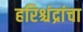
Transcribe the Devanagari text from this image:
हरिश्चंद्रांचा